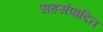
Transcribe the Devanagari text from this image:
सहसंपादित